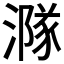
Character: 𣾶